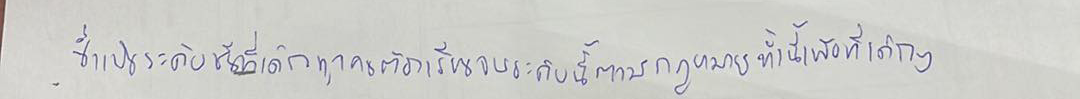
ซึ่งเป็นชั้นระดับที่เด็กทุกคนต้องเรียนจบระดับนี้ตามกฎหมายทั้งนี้เพื่อที่เด็กๆ